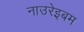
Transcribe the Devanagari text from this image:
नाउरेइबम